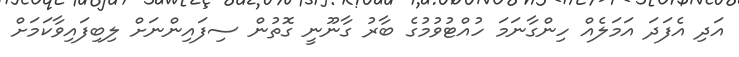
އަދި އެފަދަ އަމަލެއް ހިންގާނަމަ ހުއްޓުވުމުގެ ބާރު ގާނޫނީ ގޮތުން ސިފައިންނަށް ލިބިފައިވާކަމަށް